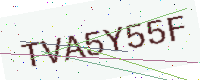
Text: TVA5Y55F